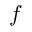
f